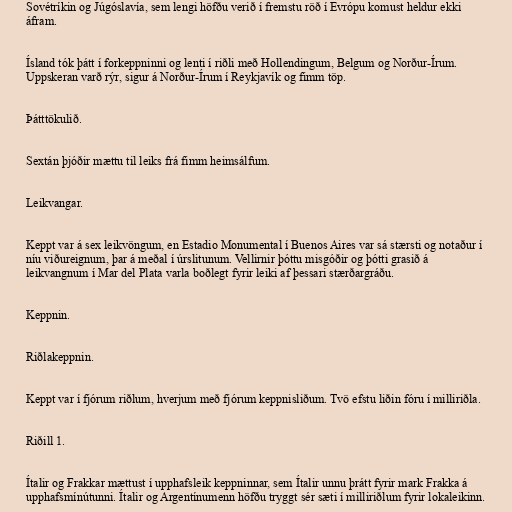
Sovétríkin og Júgóslavía, sem lengi höfðu verið í fremstu röð í Evrópu komust heldur ekki
áfram.

Ísland tók þátt í forkeppninni og lenti í riðli með Hollendingum, Belgum og Norður-Írum.
Uppskeran varð rýr, sigur á Norður-Írum í Reykjavík og fimm töp.

Þátttökulið.

Sextán þjóðir mættu til leiks frá fimm heimsálfum.

Leikvangar.

Keppt var á sex leikvöngum, en Estadio Monumental í Buenos Aires var sá stærsti og notaður í
níu viðureignum, þar á meðal í úrslitunum. Vellirnir þóttu misgóðir og þótti grasið á
leikvangnum í Mar del Plata varla boðlegt fyrir leiki af þessari stærðargráðu.

Keppnin.

Riðlakeppnin.

Keppt var í fjórum riðlum, hverjum með fjórum keppnisliðum. Tvö efstu liðin fóru í milliriðla.

Riðill 1.

Ítalir og Frakkar mættust í upphafsleik keppninnar, sem Ítalir unnu þrátt fyrir mark Frakka á
upphafsmínútunni. Ítalir og Argentínumenn höfðu tryggt sér sæti í milliriðlum fyrir lokaleikinn.